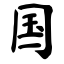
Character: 国